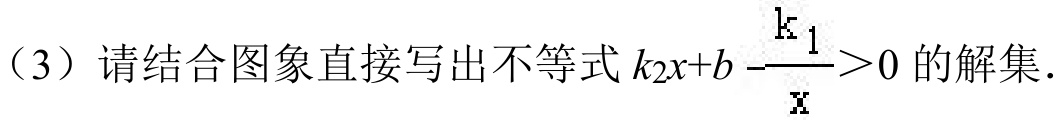
（3）请结合图象直接写出不等式\(k_{2}x + b-\frac{k_{1}}{x}>0\)的解集.